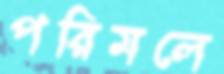
পরিমলে